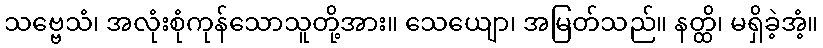
သဗ္ဗေသံ၊ အလုံးစုံကုန်သောသူတို့အား။ သေယျော၊ အမြတ်သည်။ နတ္ထိ၊ မရှိခဲ့အံ့။